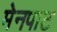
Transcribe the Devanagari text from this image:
मेनपाट